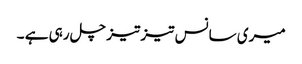
میری سانس تیز تیز چل رہی ہے ۔